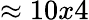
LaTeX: \approx 10x4